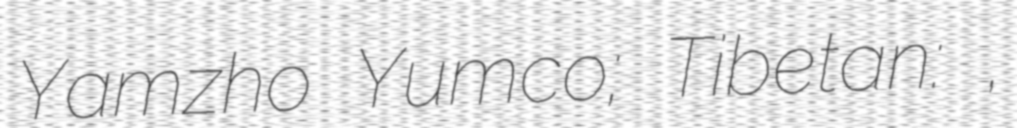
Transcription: Yamzho Yumco; Tibetan: ཡར་འབྲོག་གཡུ་མཚོ་,